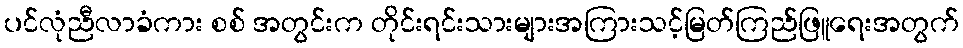
ပင်လုံညီလာခံကား စစ် အတွင်းက တိုင်းရင်းသားများအကြားသင့်မြတ်ကြည်ဖြူရေးအတွက်